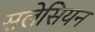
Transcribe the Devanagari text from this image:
सलेसियन